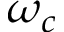
\omega _ { c }